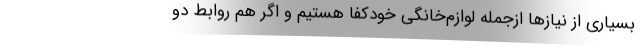
بسیاری از نیازها ازجمله لوازم‌خانگی خودکفا هستیم و اگر هم روابط دو